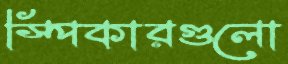
স্পিকারগুলো